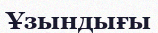
Ұзындығы